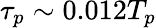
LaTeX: \tau_{p}\sim 0.012T_{p}